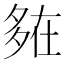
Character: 𡖪